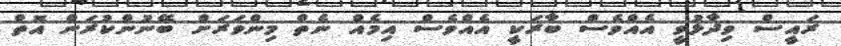
ރައީސް ވިދާޅުވީ އެއްވެސް ބާރަކީ އެއްވެސް އިމެއް ނެތް މިންވަރަށް ބޭނުންކުރަން އޮތް